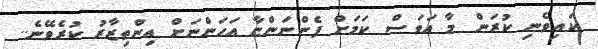
ކައިވެނި ކުރަން މާ އަވަސް ކަމަށް ފެންނަންޏާ އަހަންނަށް އިންތިޒާރު ކުރެވޭނެ..